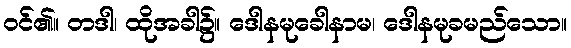
ဝင်၏။ တဒါ၊ ထိုအခါ၌။ ဒေါနမုခေါနာမ၊ ဒေါနမုခမည်သော။